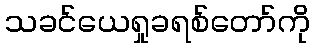
သခင်ယေရှုခရစ်တော်ကို